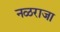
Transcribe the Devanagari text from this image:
नळराजा